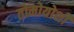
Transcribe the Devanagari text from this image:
तोमोयोशी